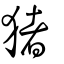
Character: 猪